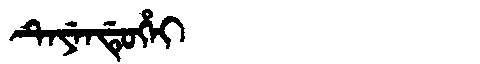
Manchu: ᡨᡝᠶᡝᠨᡩᡠᡥᡝᡳ
Romanization: TEYENDUHEI